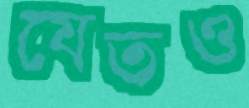
যেতও